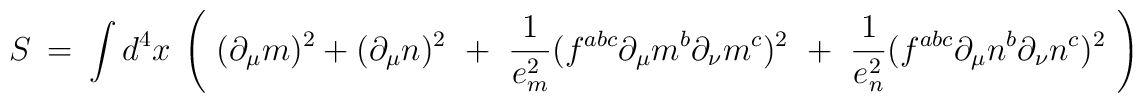
S \ = \ \int d^4x \ \left( \ (\partial_\mu m )^2  + (\partial_\mu n)^2 \ + \ \frac{1}{e_m^2} (f^{abc} \partial_\mu m^b\partial_\nu m^c)^2 \ + \ \frac{1}{e_n^2} (f^{abc} \partial_\mu n^b\partial_\nu n^c)^2 \ \right)